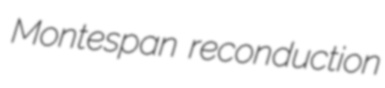
Montespan reconduction